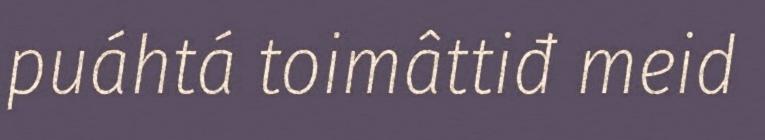
puáhtá toimâttiđ meid